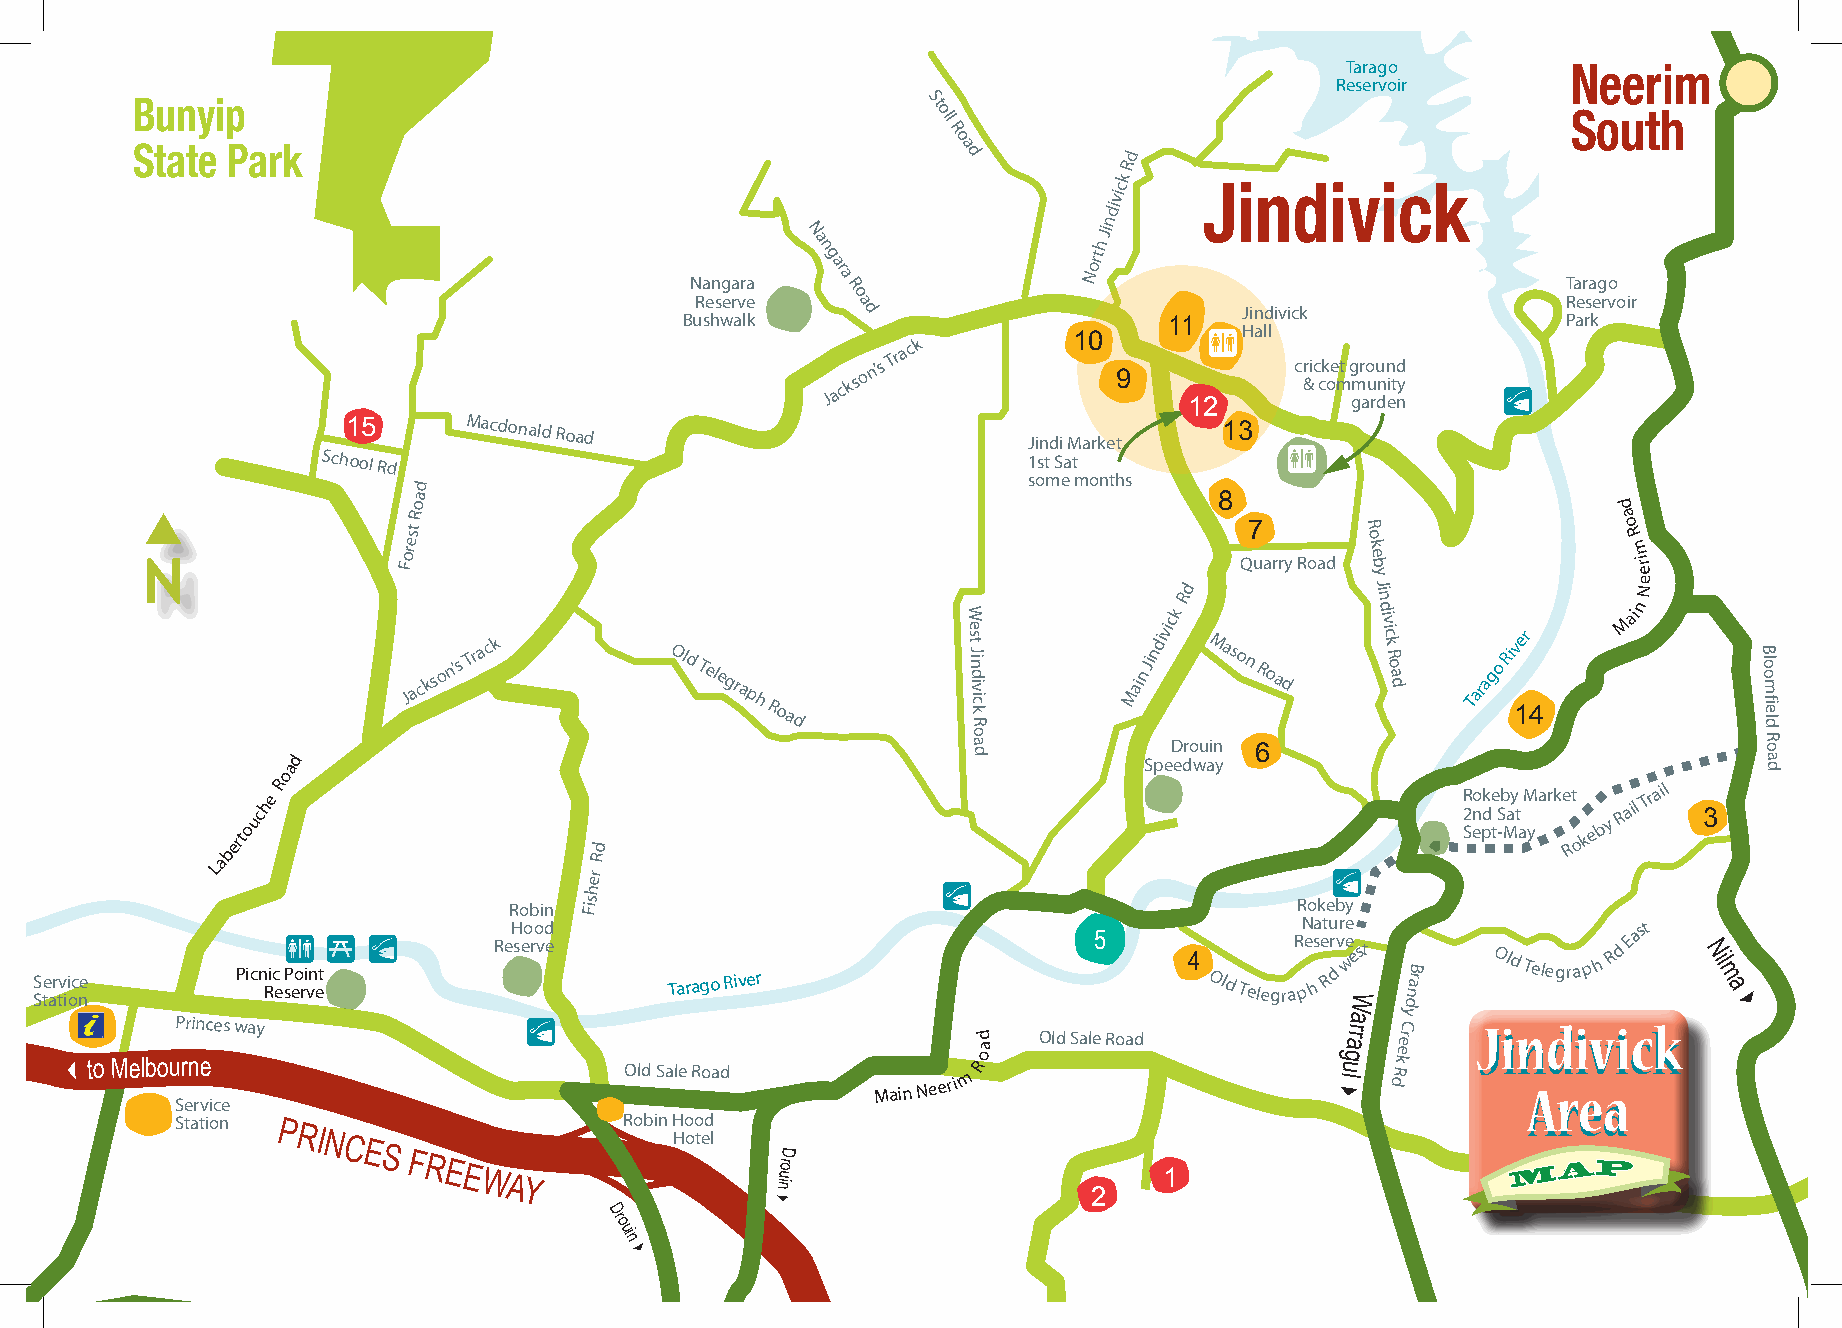
Tarago         Neerim
 Reservoir
 Bunyip                                              St
 oll                                       South
 R
 o
 State Park                                            a
 d         d
 R
 ck    Jindivick
 vi
 di
 n
 Nangara
 N
 a n
 g
 ar
 a
 North
 Ji
 Tarago
 R
 Reserve   o a                                             Reservoir
 Bushwalk    d                   11   Jindivick             Park
 Jackso
 n’s
 Track       10
 9
 12m Hall
 cr &ic ck oe mt g
 m
 gr ao
 u
 ru dnn eitd
 ny
 >
 15      Macdonald Road
 Jindi Market
 1123
 School Rd                                      1st Sat          m
 some months
 d
 a                                                     8
 q                 Ro                                                                              d
 a
 N
 Fore
 Jst
 ackso n’s Track  Old Telegraph
 Road
 W
 e s t J in d
 iv
 ic
 k
 R
 Main
 Jindivick
 Rd
 MasoQ
 n7
 u Roa arr dy Road
 R
 o k
 e b
 y J in
 d iv
 ic k R o a
 d
 Tarago Riv 1er
 4
 Mo
 R
 a
 m
 iir
 n
 e e N
 B lo o
 m
 fie
 ld
 ad                                           o a d       SpeD edro wu ain y 6                     R o a d
 o
 abertouche
 R
 Rd
 R
 2
 Seno pdke
 t
 S
 -b May
 t
 a
 M yarke Rt
 oke
 by
 Rail
 Trail
 3
 L
 er                                               >
 h                      >
 Robin Fis                                           Rokeby
 S Ste ar tv ii oc ne Picn Ric
 e
 sPm
 eo ri vn
 etb >
 ReH seo ro vd
 e
 Tarago River
 5
 4 Old
 TelegraR
 pN
 e
 hsa et Ru
 r
 d
 vr we
 e West
 dnarB Old Telegrap h
 Rd
 East
 Nil m
 a
 
 to
 MelbouP rr nin eces way     >
 Old Sale Road
 Main
 Neeri
 m
 Rd
 a
 o
 Old Sale Road
 lu
 garra
 dR
 keerC y JJiinn AAdd rrii eevv aaiicckk
 Service
 Station                      Robin Hood
 PRINCES
 FREE
 WAY
 Hotel
 ni
 uorD
 2
 1
 MAP
 Dr
 o
 ui
 n
 
 Longwarry